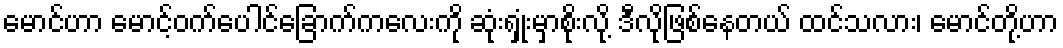
မောင်ဟာ မောင့်ဝက်ပေါင်ခြောက်ကလေးကို ဆုံးရှုံးမှာစိုးလို့ ဒီလိုဖြစ်နေတယ် ထင်သလား၊ မောင်တို့ဟာ